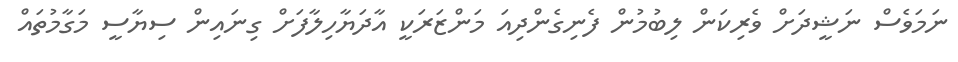
ނަމަވެސް ނަޝީދަށް ވެރިކަން ލިބުމުން ފެނިގެންދިއަ މަންޒަރަކީ އާދަޔާހިލާފަށް ގިނައިން ސިޔާސީ މަގާމުތައް